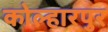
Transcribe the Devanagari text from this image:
कोल्हारपुर